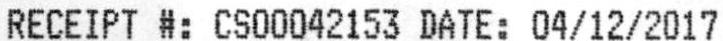
RECEIPT #: CS00042153 DATE: 04/12/2017